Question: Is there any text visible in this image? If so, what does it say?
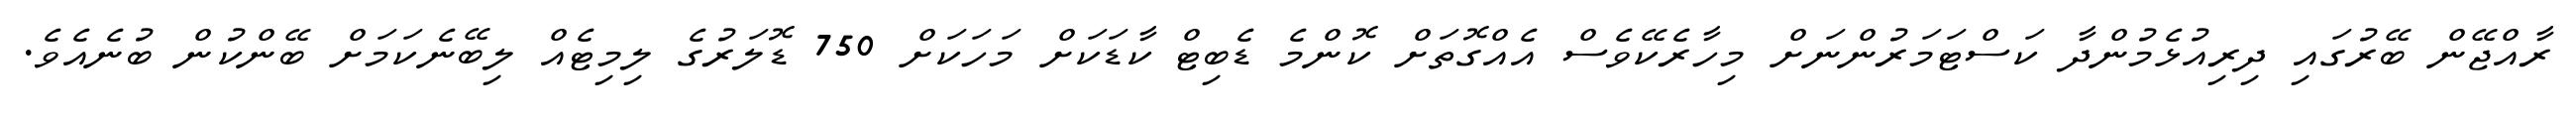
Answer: ރާއްޖޭން ބޭރުގައި ދިރިއުޅެމުންދާ ކަސްޓަމަރުންނަށް މިހާރެކޭވެސް އެއްގޮތަށް ކޮންމެ ޑެބިޓް ކާޑަކަށް މަހަކަށް 750 ޑޮލަރުގެ ލިމިޓެއް ލިބޭނެކަމަށް ބޭންކުން ބުނެއެވެ.